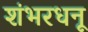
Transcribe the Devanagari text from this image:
शंभरधनू